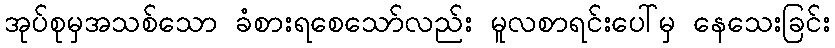
အုပ်စုမှအသစ်သော ခံစားရစေသော်လည်း မူလစာရင်းပေါ်မှ နေသေးခြင်း